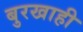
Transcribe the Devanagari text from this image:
बुरखाही